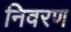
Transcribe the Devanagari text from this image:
निवरण